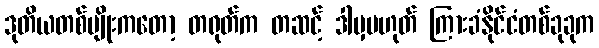
ဒုတိယတစ်မျိုးကတော့ တရုတ်က တဆင့် ဒါမှမဟုတ် ကြားခံနိုင်ငံတစ်ခုခုက